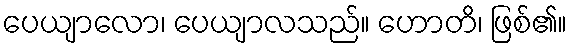
ပေယျာလော၊ ပေယျာလသည်။ ဟောတိ၊ ဖြစ်၏။